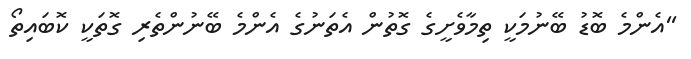
''އެންމެ ބޮޑު ބޭނުމަކީ ތިމާވެށީގެ ގޮތުން އެތަނުގެ އެންމެ ބޭނުންތެރި ގޮތަކީ ކޮބައިތޯ